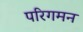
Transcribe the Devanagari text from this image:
परिगमन